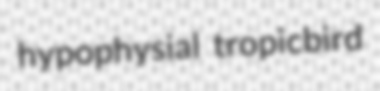
hypophysial tropicbird